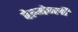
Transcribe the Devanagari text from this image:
वेल्मेज्ली